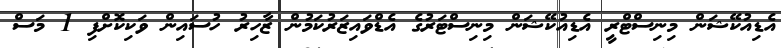
އެޑިއުކޭޝަން މިނިސްޓްރީ އެޑިއުކޭޝަން މިނިސްޓަރުގެ އެޑްވައިޒަރުކަމުން ޒާހިރު ހުސައިން ވަކިކޮށްފި 1 މަސް